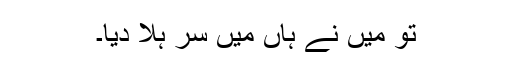
تو میں نے ہاں میں سر ہلا دیا۔